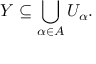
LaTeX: Y \subseteq \bigcup _ { \alpha \in A } U _ { \alpha } .